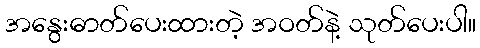
အနွေးဓာတ်ပေးထားတဲ့ အဝတ်နဲ့ သုတ်ပေးပါ။